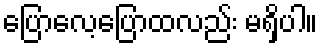
ပြောလေ့ပြောထလည်း မရှိပါ။